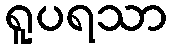
ရူပရသာ